Indian journal of veterinary science and animal husbandry - Volume 6,
Year: 1936
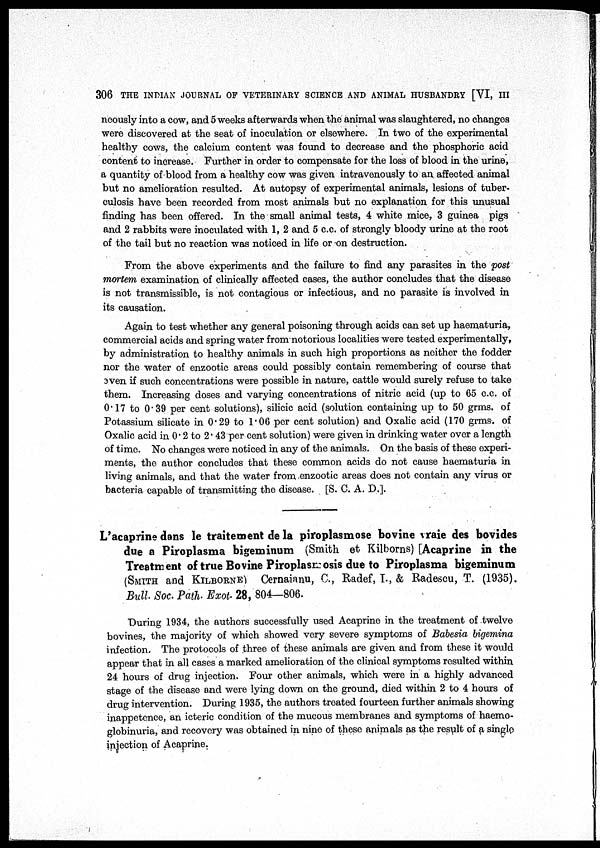
306 THE INDIAN JOURNAL OF VETERINARY SCIENCE AND ANIMAL HUSBANDRY [VI, III
neously into a cow, and 5 weeks afterwards when the animal was slaughtered, no changes
were discovered at the seat of inoculation or elsewhere. In two of the experimental
healthy cows, the calcium content was found to decrease and the phosphoric acid
content to increase. Further in order to compensate for the loss of blood in the urine,
a quantity of blood from a healthy cow was given intravenously to an affected animal
but no amelioration resulted. At autopsy of experimental animals, lesions of tuber-
culosis have been recorded from most animals but no explanation for this unusual
finding has been offered. In the small animal tests, 4 white mice, 3 guinea pigs
and 2 rabbits were inoculated with 1, 2 and 5 c.c. of strongly bloody urine at the root
of the tail but no reaction was noticed in life or on destruction.
From the above experiments and the failure to find any parasites in the post
mortem examination of clinically affected cases, the author concludes that the disease
is not transmissible, is not contagious or infectious, and no parasite is involved in
its causation.
Again to test whether any general poisoning through acids can set up haematuria,
commercial acids and spring water from notorious localities were tested experimentally,
by administration to healthy animals in such high proportions as neither the fodder
nor the water of enzootic areas could possibly contain remembering of course that
even if such concentrations were possible in nature, cattle would surely refuse to take
them. Increasing doses and varying concentrations of nitric acid (up to 65 c.c. of
0.17 to 0.39 per cent solutions), silicic acid (solution containing up to 50 grms. of
Potassium silicate in 0.29 to 1.06 per cent solution) and Oxalic acid (170 grms. of
Oxalic acid in 0.2 to 2.43 per cent solution) were given in drinking water over a length
of time. No changes were noticed in any of the animals. On the basis of these experi-
ments, the author concludes that these common acids do not cause haematuria in
living animals, and that the water from enzootic areas does not contain any virus or
bacteria capable of transmitting the disease. [S. C. A. D.].
L'acaprine dans le traitement de la piroplasmose bovine vraie des bovides
due a Piroplasma bigeminum (Smith et Kilborns) [Acaprine in the
Treatment of true Bovine Piroplasmosis due to Piroplasma bigeminum
(SMITH and KILBORNE) Cernaianu, C., Radef, I., & Radescu, T. (1935).
Bull. Soc. Path. Exot. 28, 804-806.
During 1934, the authors successfully used Acaprine in the treatment of twelve
bovines, the majority of which showed very severe symptoms of Babesia bigemina
infection. The protocols of three of these animals are given and from these it would
appear that in all cases a marked amelioration of the clinical symptoms resulted within
24 hours of drug injection. Four other animals, which were in a highly advanced
stage of the disease and were lying down on the ground, died within 2 to 4 hours of
drug intervention. During 1935, the authors treated fourteen further animals showing
inappetence, an icteric condition of the mucous membranes and symptoms of haemo¬
globinuria, and recovery was obtained in nine of these animals as the result of a single
injection of Acaprine.